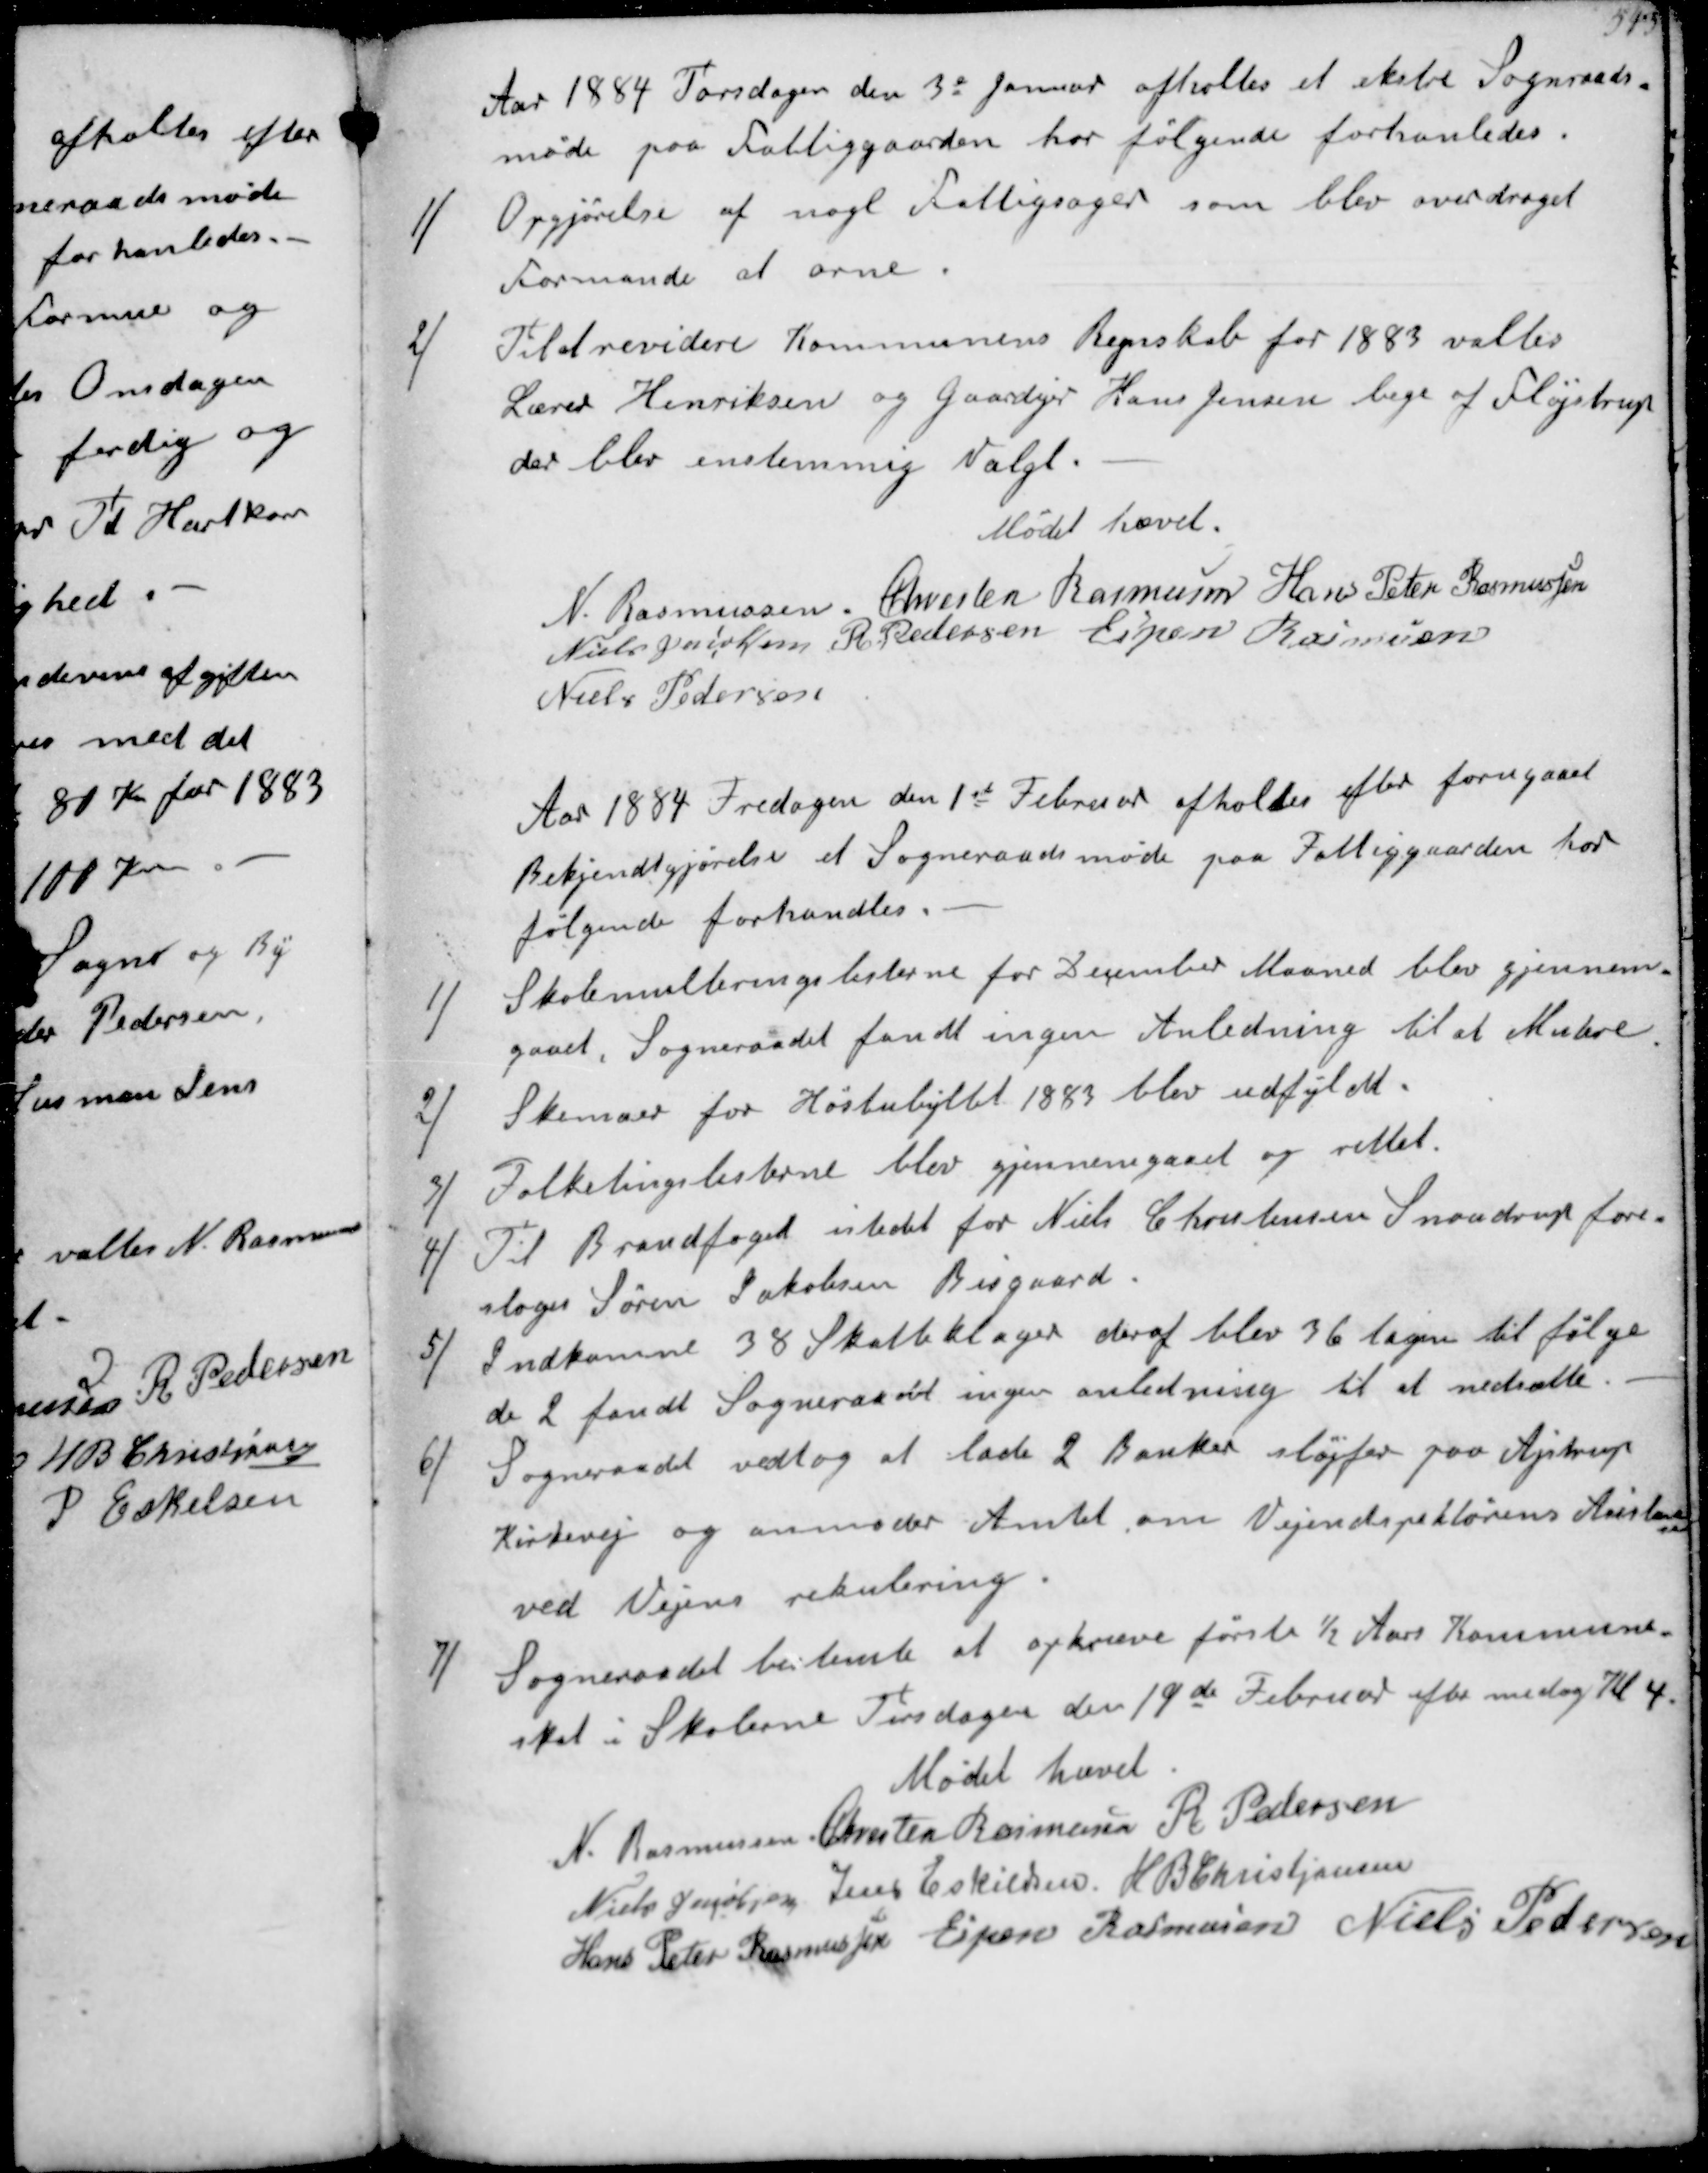
Transskription:
Aar 1884 Torsdagen den 3e Januar afholtes et ekstre Sogneraads-
møde paa Fattiggaarden hor følgende forhanledes
1/
Opgørelse af nogl Fattigsager som blev overdraget
Formanden at orne
2/
Til at revidere Kommunens Regnskab for 1883 valtes
Lærer Henriksen og Gaardejer Hans Jensen bege af Fløjstrup
der blev enstemmig valgt
Mødet hvævet
N Rasmussen
Chresten Rasmussen
Hans Peter Rasmussen
Niels Jacobsen
R Pedersen
Espen Rasmussen
Niels Pedersen
Aar 1884 Fredagen 1st Februar afholdes efter forugaaet
Bekjendtgørelse et Sogneraadsmøde paa Fattiggaarden hor
følgende forhandles
1/
Skolemulteringslisterne for December Maaned gjennem-
gaaet, Sogneraadet fandt ingen Anledning til at Mulere
2/
Skemaer for Høstudbyttet 1883 blev udfyldt
3/
Folketingslisterne blev gjennemgaaet og rettet
4/
Til Brandfoged istedet for Niels Christensen Snovdrup fore-
sloges Søren Jacobsen Bisgaard
5/
Indkomne 38 Skatteklager deraf blev 36 tagen til følge
de 2 fandt Sogneraadet ingen Anledning til at nedsætte
6/
Sogneraadet vedtog at lade 2 Banker sløjfer paa Ajstrup
Kirkevej og anmoder Amtet om Vejinspektørens Anslaael-
se
ved Vejens rekulering
7/
Sogneraadet bestemte at opkræve første ½ Aars Kommune-
skat i Skolerne Tirsdagen den 19de Februar efte medag Kl. 4
Mødet hævet
N Rasmussen
Chresten Rasmussen
R Pedersen
Niels Jacobsen
Jens Eskildsen
H B Christjansen
Hans Peter Rasmussen
Espen Rasmussen
Niels Pedersen